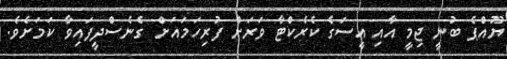
ޔޫއްޕެ ބުނީ ޖިމީ އާއި އީސަގެ ކެރެކްޓާ ވަރަށް ފުރިހަމައަށް ގެނެސްދީފައިވާ ކަަމަށެވެ.